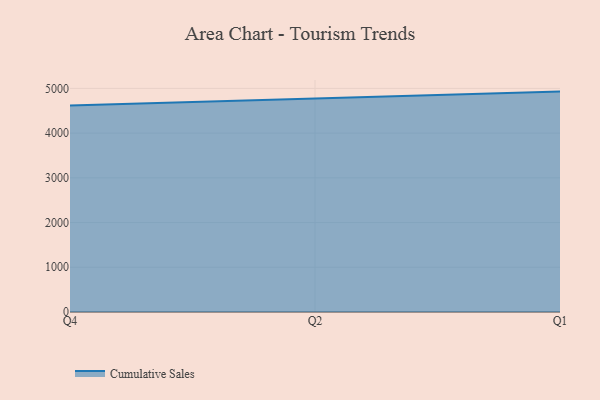
{"axis": {"x": "Quarter", "y": "LTV (USD)"}, "legend": ["Cumulative Sales"], "data": [{"x": "Q4", "y": 4616.7, "type": "Cumulative Sales"}, {"x": "Q2", "y": 4768.9, "type": "Cumulative Sales"}, {"x": "Q1", "y": 4928.1, "type": "Cumulative Sales"}]}